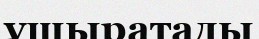
ұшыратады